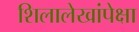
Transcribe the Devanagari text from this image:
शिलालेखांपेक्षा